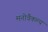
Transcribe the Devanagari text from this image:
मनोवैकल्य